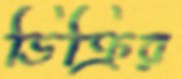
ডিক্রির